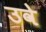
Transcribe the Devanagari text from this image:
उवे